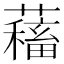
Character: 𧁃